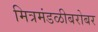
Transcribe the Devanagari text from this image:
मित्रमंडळीबरोबर